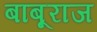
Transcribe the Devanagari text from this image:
बाबूराज